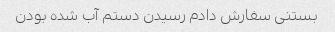
بستنی سفارش دادم رسیدن دستم آب شده بودن